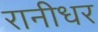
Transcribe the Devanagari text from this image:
रानीधर